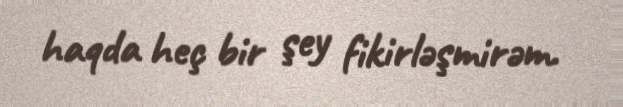
haqda heç bir şey fikirləşmirəm.